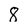
Character: 8